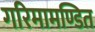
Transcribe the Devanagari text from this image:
गरिमामण्डित